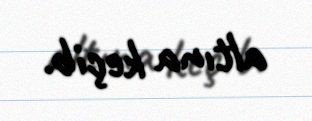
altına keçib.